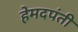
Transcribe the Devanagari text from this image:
हेमदपंती